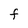
Character: F